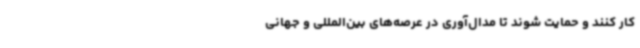
کار کنند و حمایت شوند تا مدال‌آوری در عرصه‌های بین‌المللی و جهانی